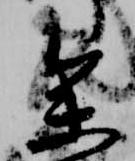
参